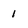
Character: 1